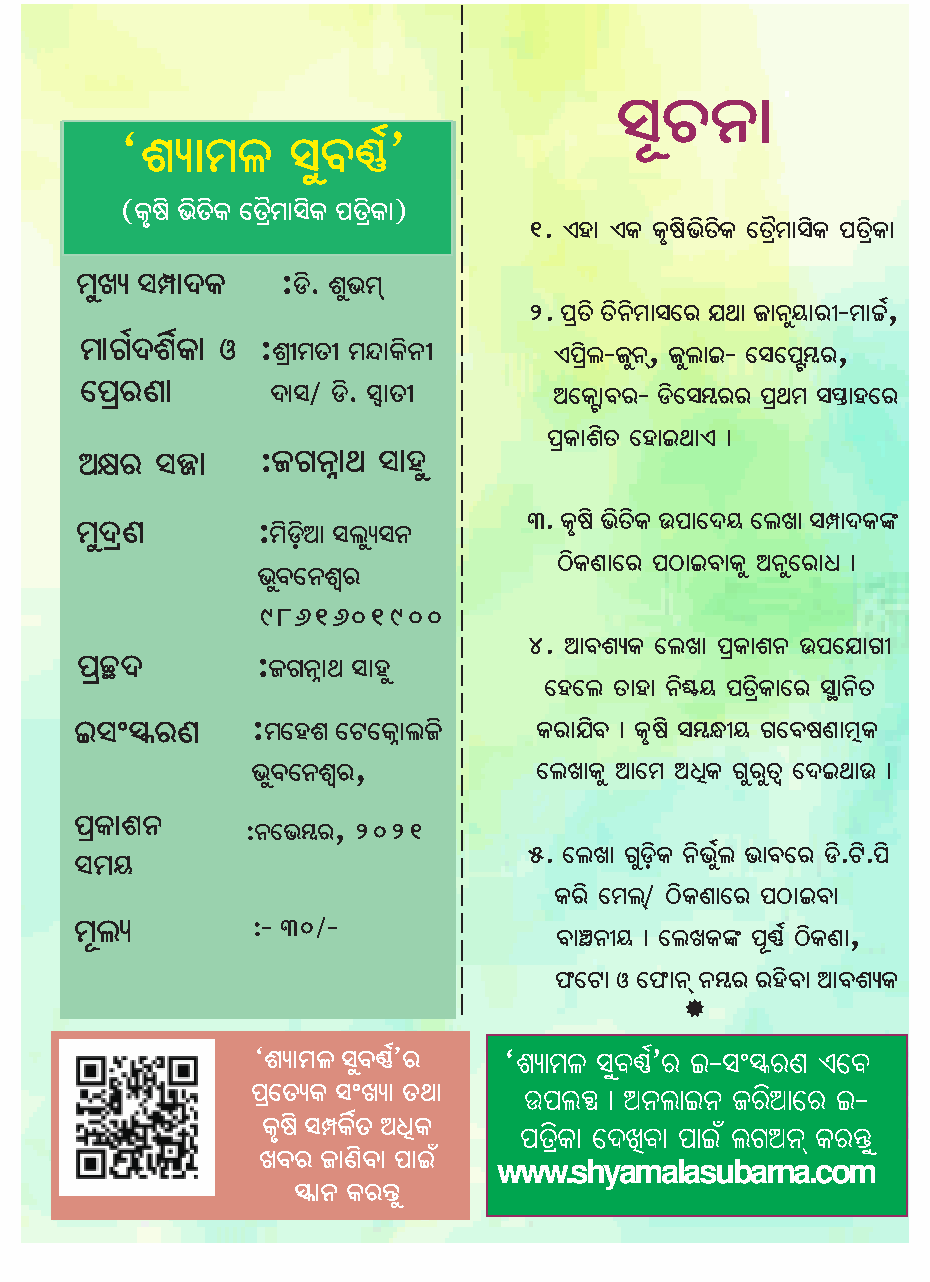
iìP^û
 ‘gýûck     iêa‰ð’
 (Kéhò bòZòK ùZâ÷cûiòK _ZâòKû)
 1. Gjû GK KéhòbòZòK ùZâ÷cûiòK _ZâòKû
 cêLý iµû\K    :Wò. gêbcþ
 2. _âZò Zò^òcûiùe ~[û Rû^êdûeú-cûyð,
 cûMð\gòðKû I :gâúcZú c¦ûKò^ú   G_âòf-Rê^þ, RêfûA- ùiù_Ö´e,
 ù_âeYû      \ûi/ Wò. ÊûZú      @ùKÖûae- Wòùi´ee _â[c i¯ûjùe
 _âKûgòZ ùjûA[ûG û
 @le   i{û   :RM^Üû[ iûjê
 3. Kéhò bòZòòK C_ûù\d ùfLû iµû\Ku
 cê\âY       :còWÿò@û ifêýi^
 VòKYûùe _VûAaûKê @^êùeû] û
 baê ù^geß
 9861601900
 4. @ûagýK ùfLû _âKûg^ C_ù~ûMú
 _âz\        :RM^Üû[ iûjê
 ùjùf Zûjû ^ò½d _ZâòKûùe iÚû^òZ
 AiõÄeY      :cùjg ùUùKÜûfRò    Keû~òa û Kéhò i´§úd MùahYûcôK
 baê ù^geß ,        ùfLûKê @ûùc @]ôK MêeêZß ù\A[ûC û
 _âKûg^
 :^ùb´e, 2021
 5. ùfLû MêWÿòK ^òbêðf bûaùe Wò.Uò._ò
 icd
 Keò ùcfþ/ VòKYûùe _VûAaû
 cìfý        :- 30/-
 aû‚^úd û ùfLKu _ì‰ð VòKYû,
 `ùUû I ù`û^þ ^´e ejòaû @ûagýK
 ‘gýûck iêa‰ð’e   ‘gýûck iêa‰ð’e A-iõÄeY Gùa
 _âùZýK iõLýû Z[û  C_f²  û @^fûA^ Reò@ûùe A-
 Kéhò iµKòðZ @]ôK
 _ZâòKû ù\Lôaû _ûAñ fM@^þ Ke«ê
 Lae  RûYòaû _ûAñ
 www.shyamalasubarna.com
 Äû^ Ke«ê